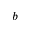
b